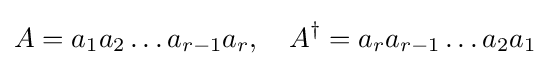
A=a_{1}a_{2}\ldots a_{r-1}a_{r},\quad A^{\dagger }=a_{r}a_{r-1}\ldots a_{2}a_{1}